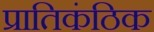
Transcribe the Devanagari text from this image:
प्रातिकंठिक